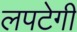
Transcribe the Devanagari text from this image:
लपटेगी